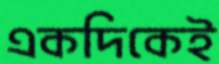
একদিকেই